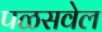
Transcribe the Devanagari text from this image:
पळसवेल